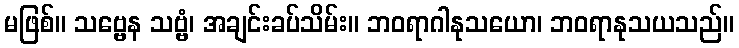
မဖြစ်။ သဗ္ဗေန သဗ္ဗံ၊ အချင်းခပ်သိမ်း။ ဘဝရာဂါနုသယော၊ ဘဝရာနုသယသည်။